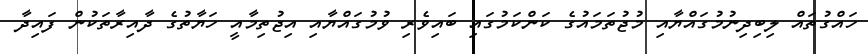
ހައްގުތައް ލިބިދިނުމުގައްޔާއި މުޖުތަމައުގެ ކަންކަމުގައި ބައިވެރި ވުމުގައްޔާއި އިޖުތިމާއީ ހަޔާތުގެ ދާއިރާތަކުން ފައިދާ